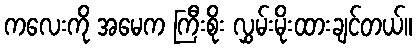
ကလေးကို အမေက ကြီးစိုး လွှမ်းမိုးထားချင်တယ်။